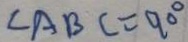
\angle A B C = 9 0 ^ { \circ }